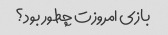
بازی امروزت چطور بود؟